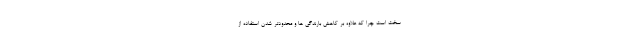
سخت است چرا که علاوه بر کاهش بارندگی ها و محدودتر شدن استفاده از